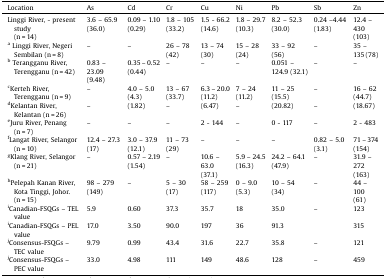
<table><thead><tr><td><b>Location</b></td><td><b>As</b></td><td><b>Cd</b></td><td><b>Cr</b></td><td><b>Cu</b></td><td><b>Ni</b></td><td><b>Pb</b></td><td><b>Sb</b></td><td><b>Zn</b></td></tr></thead><tbody><tr><td>Linggi River, - present study(n = 14)</td><td>3.6 – 65.9 (36.0)</td><td>0.09 – 1.10(0.29)</td><td>1.8 – 105 (33.2)</td><td>1.5 - 66.2 (14.6)</td><td>1.8 – 29.7 (10.3)</td><td>8.2 – 52.3 (30.0)</td><td>0.24 –4.44 (1.83)</td><td>12.4 – 430(103)</td></tr><tr><td><sup>a</sup> Linggi River, Negeri Sembilan (n = 8)</td><td>–</td><td>–</td><td>26 – 78(42)</td><td>13 – 74(30)</td><td>15 – 28(24)</td><td>33 – 92(56)</td><td>–</td><td>35 – 135 (78)</td></tr><tr><td><sup>b</sup> Terangganu River, Terengganu (n = 42)</td><td>0.83 – 23.09 (9.48)</td><td>0.35 – 0.52 (0.44)</td><td>–</td><td>–</td><td>–</td><td>0.051 – 124.9 (32.1)</td><td>–</td><td>–</td></tr><tr><td><sup>c</sup>Kerteh River, Terengganu (n = 9)</td><td>–</td><td>4.0 – 5.0(4.3)</td><td>13 – 67(33.7)</td><td>6.3 – 20.0(11.2)</td><td>7 – 24(11.2)</td><td>11 – 25(15.5)</td><td>–</td><td>16 – 62(44.7)</td></tr><tr><td><sup>d</sup>Kelantan River, Kelantan (n = 26)</td><td>–</td><td>(1.82)</td><td>–</td><td>(6.47)</td><td>–</td><td>(20.82)</td><td>–</td><td>(18.67)</td></tr><tr><td><sup>e</sup>Juru River, Penang (n = 7)</td><td>–</td><td>–</td><td>–</td><td>2 - 144</td><td>–</td><td>0 - 117</td><td>–</td><td>2 - 483</td></tr><tr><td><sup>f</sup>Langat River, Selangor (n = 10)</td><td>12.4 – 27.3 (17)</td><td>3.0 – 37.9(12.1)</td><td>11 – 73(29)</td><td>–</td><td>–</td><td>–</td><td>0.82 – 5.0(3.1)</td><td>71 – 374(154)</td></tr><tr><td><sup>g</sup>Klang River, Selangor (n = 21)</td><td>–</td><td>0.57 – 2.19(1.54)</td><td>–</td><td>10.6 – 63.0(37.1)</td><td>5.9 – 24.5(16.3)</td><td>24.2 – 64.1(47.9)</td><td>–</td><td>31.9 – 272(163)</td></tr><tr><td><sup>h</sup>Pelepah Kanan River,Kota Tinggi, Johor. (n = 15)</td><td>98 – 279(149)</td><td>–</td><td>5 – 30(17)</td><td>58 – 259(117)</td><td>0 – 9.0(5.3)</td><td>10 – 54(34)</td><td>–</td><td>44 – 100(61)</td></tr><tr><td><sup>i</sup>Canadian-FSQGs – TEL value</td><td>5.9</td><td>0.60</td><td>37.3</td><td>35.7</td><td>18</td><td>35.0</td><td>–</td><td>123</td></tr><tr><td><sup>i</sup>Canadian-FSQGs – PEL value</td><td>17.0</td><td>3.50</td><td>90.0</td><td>197</td><td>36</td><td>91.3</td><td></td><td>315</td></tr><tr><td><sup>j</sup>Consensus-FSQGs – TEC value</td><td>9.79</td><td>0.99</td><td>43.4</td><td>31.6</td><td>22.7</td><td>35.8</td><td>–</td><td>121</td></tr><tr><td><sup>j</sup>Consensus-FSQGs – PEC value</td><td>33.0</td><td>4.98</td><td>111</td><td>149</td><td>48.6</td><td>128</td><td>–</td><td>459</td></tr></tbody></table>